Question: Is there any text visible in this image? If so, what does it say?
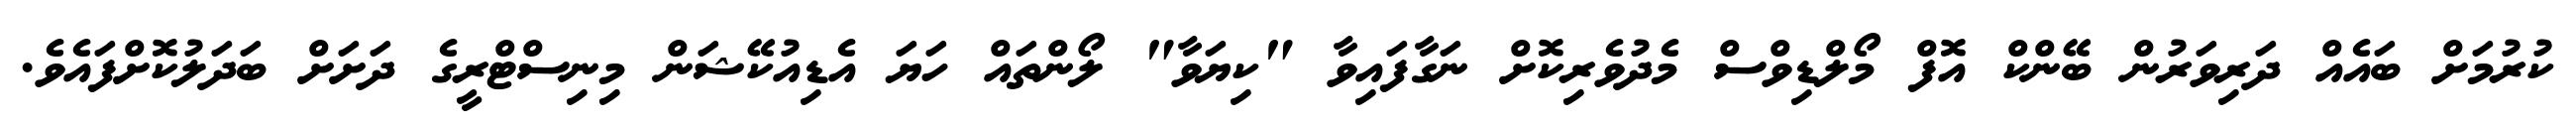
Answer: ކުރުމަށް ބައެއް ދަރިވަރުން ބޭންކް އޮފް މޯލްޑިވްސް މެދުވެރިކޮށް ނަގާފައިވާ "ކިޔަވާ" ލޯންތައް ހަޔަ އެޑިއުކޭޝަން މިނިސްޓްރީގެ ދަށަށް ބަދަލުކޮށްފައެވެ.